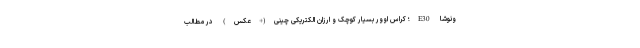
ونوشا E30؛ کراس اوور بسیار کوچک و ارزان الکتریکی چینی(+عکس) در مطالب